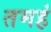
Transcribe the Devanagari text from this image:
तमहं